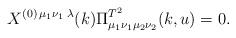
LaTeX: \begin{align*}X^{(0)\,\mu_1\nu_1\;\lambda}(k)\Pi_{\mu_1\nu_1\mu_2\nu_2}^{T^2}(k,u)=0.\end{align*}